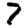
Digit: 7